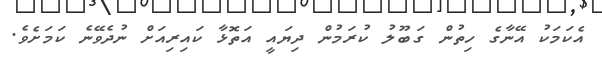
އެކަމަކު އޭނާގެ ހިތުން ގަބޫލު ކުރަމުން ދިޔައީ އަތޮޅާ ކައިރިއަށް ނުދެވޭނެ ކަމަށެވެ.